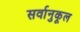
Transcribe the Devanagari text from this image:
सर्वानुकूल